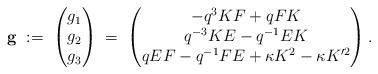
LaTeX: \begin{align*} {\bf g} \; :=\; \begin{pmatrix} g_1 \\ g_2 \\ g_3 \end{pmatrix} \; = \; \begin{pmatrix} -q^{3}KF+qFK \\ q^{-3}KE-q^{-1}EK \\ qEF-q^{-1}FE + \kappa K^2 -\kappa K'^2 \end{pmatrix}.\end{align*}